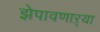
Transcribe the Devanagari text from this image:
झेपावणाऱ्या